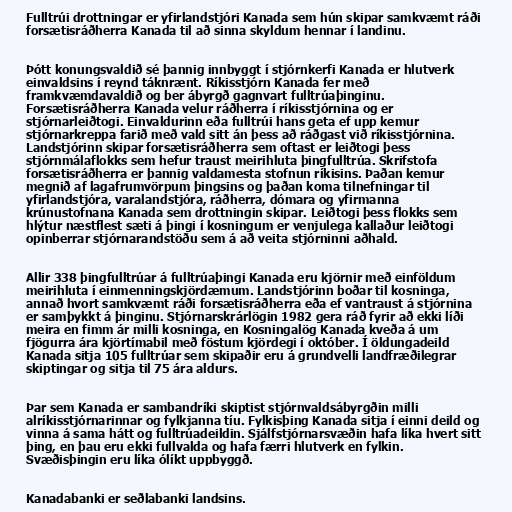
Fulltrúi drottningar er yfirlandstjóri Kanada sem hún skipar samkvæmt ráði
forsætisráðherra Kanada til að sinna skyldum hennar í landinu.

Þótt konungsvaldið sé þannig innbyggt í stjórnkerfi Kanada er hlutverk
einvaldsins í reynd táknrænt. Ríkisstjórn Kanada fer með
framkvæmdavaldið og ber ábyrgð gagnvart fulltrúaþinginu.
Forsætisráðherra Kanada velur ráðherra í ríkisstjórnina og er
stjórnarleiðtogi. Einvaldurinn eða fulltrúi hans geta ef upp kemur
stjórnarkreppa farið með vald sitt án þess að ráðgast við ríkisstjórnina.
Landstjórinn skipar forsætisráðherra sem oftast er leiðtogi þess
stjórnmálaflokks sem hefur traust meirihluta þingfulltrúa. Skrifstofa
forsætisráðherra er þannig valdamesta stofnun ríkisins. Þaðan kemur
megnið af lagafrumvörpum þingsins og þaðan koma tilnefningar til
yfirlandstjóra, varalandstjóra, ráðherra, dómara og yfirmanna
krúnustofnana Kanada sem drottningin skipar. Leiðtogi þess flokks sem
hlýtur næstflest sæti á þingi í kosningum er venjulega kallaður leiðtogi
opinberrar stjórnarandstöðu sem á að veita stjórninni aðhald.

Allir 338 þingfulltrúar á fulltrúaþingi Kanada eru kjörnir með einföldum
meirihluta í einmenningskjördæmum. Landstjórinn boðar til kosninga,
annað hvort samkvæmt ráði forsætisráðherra eða ef vantraust á stjórnina
er samþykkt á þinginu. Stjórnarskrárlögin 1982 gera ráð fyrir að ekki líði
meira en fimm ár milli kosninga, en Kosningalög Kanada kveða á um
fjögurra ára kjörtímabil með föstum kjördegi í október. Í öldungadeild
Kanada sitja 105 fulltrúar sem skipaðir eru á grundvelli landfræðilegrar
skiptingar og sitja til 75 ára aldurs.

Þar sem Kanada er sambandríki skiptist stjórnvaldsábyrgðin milli
alríkisstjórnarinnar og fylkjanna tíu. Fylkisþing Kanada sitja í einni deild og
vinna á sama hátt og fulltrúadeildin. Sjálfstjórnarsvæðin hafa líka hvert sitt
þing, en þau eru ekki fullvalda og hafa færri hlutverk en fylkin.
Svæðisþingin eru líka ólíkt uppbyggð.

Kanadabanki er seðlabanki landsins.